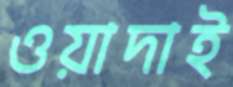
ওয়াদাই